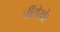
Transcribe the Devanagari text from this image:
चींटोखोर